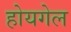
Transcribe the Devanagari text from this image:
होयगेल